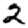
Digit: 2